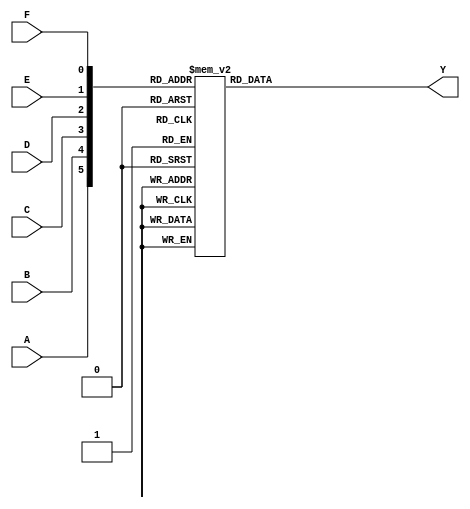
module six_variable_kmap (
    input wire A, // First input variable
    input wire B, // Second input variable
    input wire C, // Third input variable
    input wire D, // Fourth input variable
    input wire E, // Fifth input variable
    input wire F, // Sixth input variable
    output reg Y  // Output variable
);

// Combinational logic to determine Y based on the K-map
always @(*) begin
    // Default output
    Y = 0;
    
    // Mapping the K-map cells using minterms
    case({A, B, C, D, E, F})
        6'b000000: Y = 1; // Cell 0
        6'b000001: Y = 0; // Cell 1
        6'b000011: Y = 1; // Cell 2
        6'b000010: Y = 1; // Cell 3
        6'b000110: Y = 1; // Cell 4
        6'b000111: Y = 1; // Cell 5
        6'b000101: Y = 0; // Cell 6
        6'b000100: Y = 0; // Cell 7
        6'b001100: Y = 0; // Cell 8
        6'b001101: Y = 1; // Cell 9
        6'b001111: Y = 1; // Cell 10
        6'b001110: Y = 1; // Cell 11
        6'b001010: Y = 0; // Cell 12
        6'b001011: Y = 0; // Cell 13
        6'b001001: Y = 0; // Cell 14
        6'b001000: Y = 0; // Cell 15
        6'b010000: Y = 1; // Cell 16
        6'b010001: Y = 1; // Cell 17
        // Add more cases for all 64 combinations (2^6)
        // ...
        6'b111111: Y = 1; // Cell 63
        default: Y = 0; // Default case
    endcase
end

endmodule